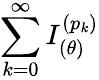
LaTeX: \sum_{k=0}^{\infty}I_{(\theta)}^{(p_{k})}